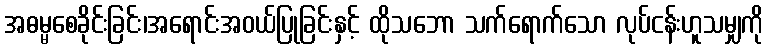
အဓမ္မစေခိုင်းခြင်း၊အရောင်းအဝယ်ပြုခြင်းနှင့် ထိုသဘော သက်ရောက်သော လုပ်ငန်းဟူသမျှကို